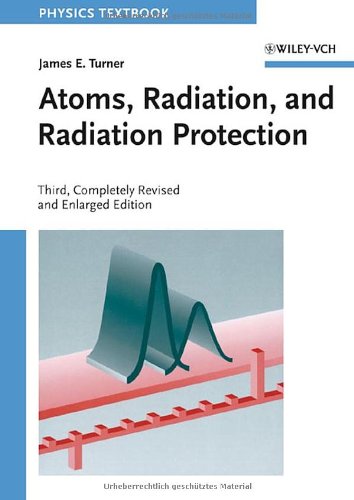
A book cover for Atoms, Radiation, and Radiation Protection; James E. Turner; Science & Math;